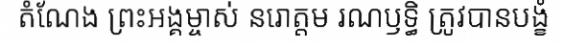
តំណែង ព្រះអង្គម្ចាស់ នរោត្តម រណឫទ្ធិ ត្រូវបានបង្ខំ